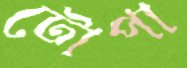
টোপা